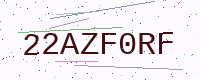
Text: 22AZF0RF